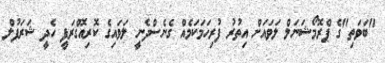
"ބަވަތި"ގެ ޕްރޮމޯޝަނަލް ލަވައަށް އިތުރު ފުރިހަމަކަމެއް ގެނެސްދެނީ ލަވައިގެ ކޮރިއޮގްރަފީ ހެދީ ޝަރަފުލް